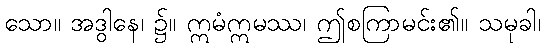
သော။ အဒွါနေ၊ ၌။ ဣမံဣမဿ၊ ဤစကြာမင်း၏။ သမုခါ၊